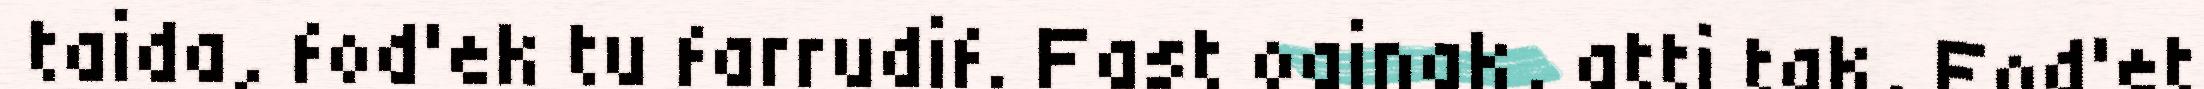
taida, fod'ek tu farrudif. Fast oainak, atti tak, Eod'et